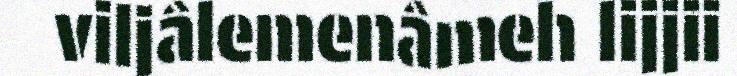
viljâlemenâmeh lijjii